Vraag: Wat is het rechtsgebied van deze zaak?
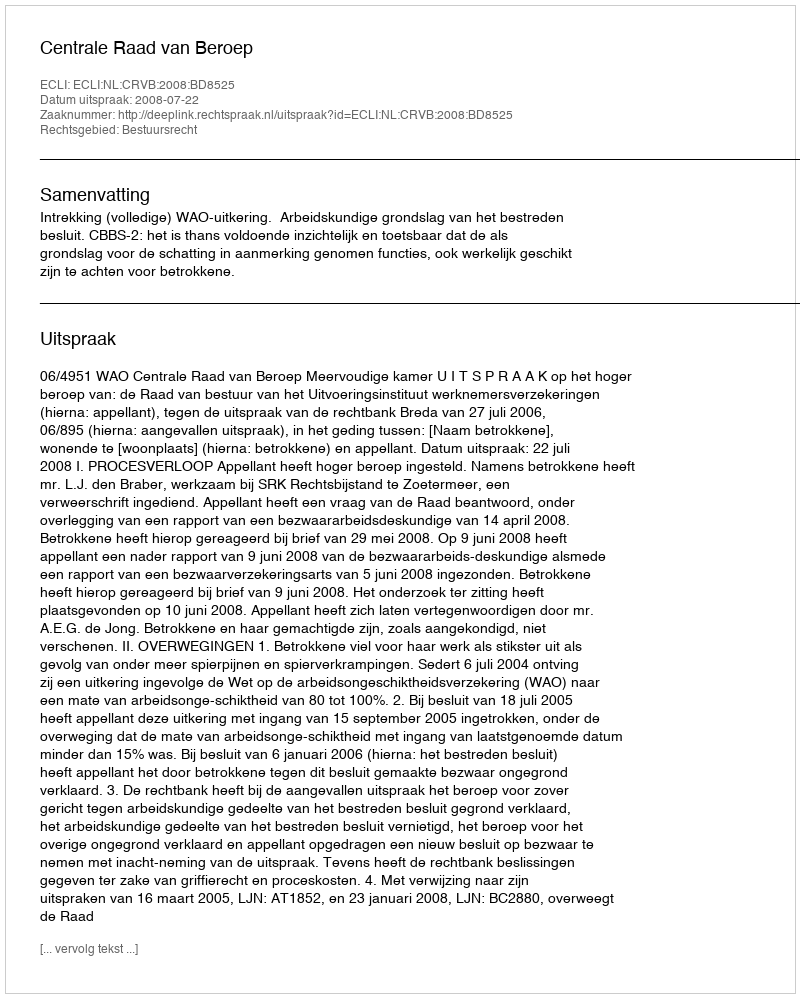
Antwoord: Bestuursrecht